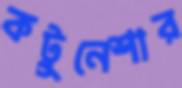
কটুনেশার